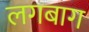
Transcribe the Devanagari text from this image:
लगबाग